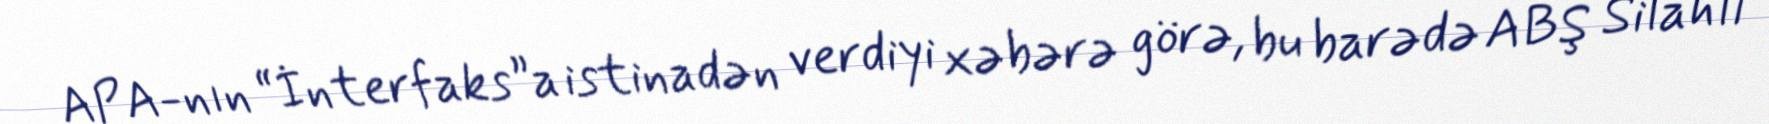
APA-nın “İnterfaks”a istinadən verdiyi xəbərə görə, bu barədə ABŞ Silahlı